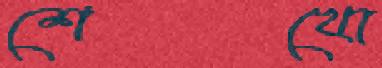
শেখো